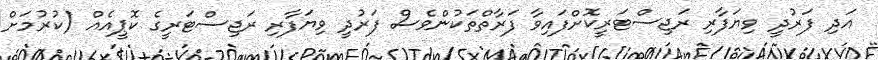
އަދި ފަރުދީ ވިޔަފާރި ރަޖިސްޓަރީކޮށްފައިވާ ފަރާތްތަކުންވެސް ފަރުދީ ވިޔަފާރި ރަޖިސްޓަރީގެ ކޮޕީއެއް (ކުރުމަށް